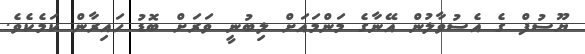
ޔޫސުފް ގެ އެސުވާލުން އޭނާގެ މަންމައަށް ލިބުނީ ވަރަށް ބޮޑު ހައިރާން ކަމެކެވެ.